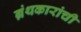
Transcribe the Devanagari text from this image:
ग्रंथकारांची